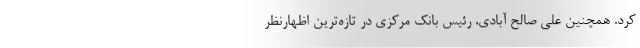
کرد. همچنین علی صالح آبادی، رئیس بانک مرکزی در تازه‌ترین اظهارنظر